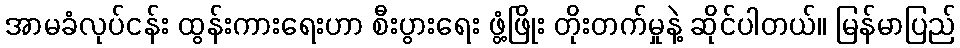
အာမခံလုပ်ငန်း ထွန်းကားရေးဟာ စီးပွားရေး ဖွံ့ဖြိုး တိုးတက်မှုနဲ့ ဆိုင်ပါတယ်။ မြန်မာပြည်